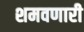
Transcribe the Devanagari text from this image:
शमवणारी